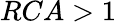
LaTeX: RCA>1